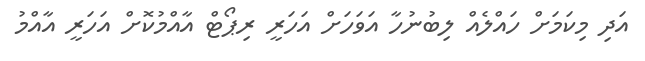
އަދި މިކަމަށް ހައްލެއް ލިބުނުހާ އަވަހަށް އަހަރީ ރިޕޯޓް އާއްމުކޮށް އަހަރީ އާއްމު